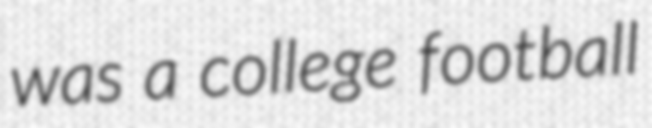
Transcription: was a college football